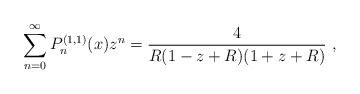
\begin{align*}\sum_{n=0}^{\infty} P_{n}^{(1,1)}(x)z^n = \frac{4}{R(1-z+R)(1+z+R)}\ ,\end{align*}